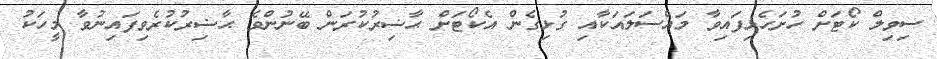
ސިވިލް ކޯޓަށް ހުށަހެޅިފައިވާ މައްސަލައަކާއި ގުޅިގެން އެކޯޓަށް ޙާޟިރުކުރަން ބޭނުންވެ ޙާޟިރުކުރެވިފައިނުވާ މީހަކު